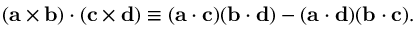
( \mathbf { a } \times \mathbf { b } ) \cdot ( \mathbf { c } \times \mathbf { d } ) \equiv ( \mathbf { a } \cdot \mathbf { c } ) ( \mathbf { b } \cdot \mathbf { d } ) - ( \mathbf { a } \cdot \mathbf { d } ) ( \mathbf { b } \cdot \mathbf { c } ) .